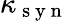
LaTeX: \kappa_{\mathrm{~s~y~n~}}